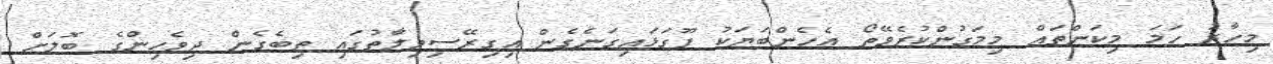
މިހާރު ހަމަ މިކަންތައް މިމަގުންކުރެވޭތޯ އެހެންބަޔަކު ފޫގަޅައިގަނެގެން އިގިރޭސިވިލާތުގައި ތިބެގެން ދިވެހިންގެ ބޮލަށް